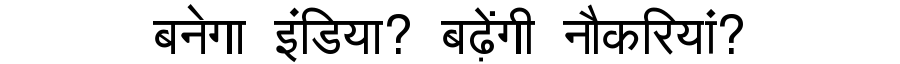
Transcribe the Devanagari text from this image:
बनेगा इंडिया? बढ़ेंगी नौकरियां?